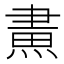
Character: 𤌲